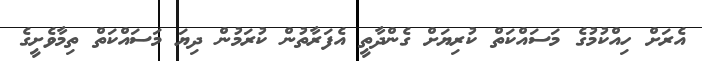
އެރަށް ހިއްކުމުގެ މަސައްކަތް ކުރިޔަށް ގެންދާތީ އެފަރާތުން ކުރަމުން ދިޔަ މަސައްކަތް ތިމާވެށީގެ